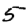
Digit: 5